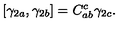
\left[ \gamma _ { 2 a } , \gamma _ { 2 b } \right] = C _ { a b } ^ { c } \gamma _ { 2 c } .